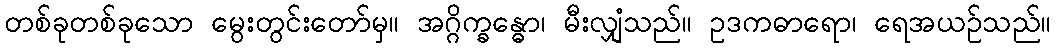
တစ်ခုတစ်ခုသော မွေးတွင်းတော်မှ။ အဂ္ဂိက္ခန္ဓော၊ မီးလျှံသည်။ ဥဒကဓာရော၊ ရေအယဉ်သည်။